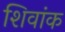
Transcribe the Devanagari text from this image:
शिवांक